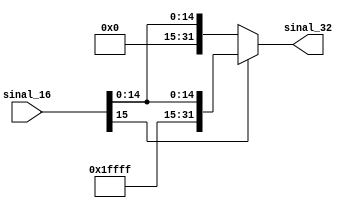
module ExtSinal(sinal_16,sinal_32);
input [15:0] sinal_16;
output wire [31:0] sinal_32;
wire [31:0] comp_1, comp_0; // completa com 1's e completa com 0's (32 bits)
assign comp_1 = {16'hffff,sinal_16};
assign comp_0 = {16'h0000,sinal_16};
assign sinal_32 = (sinal_16[15]) ? comp_1 : comp_0; // analisa e extende o sinal dependendo de signal[15], o ultimo bit 
endmodule